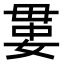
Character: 𡞔